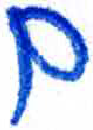
אות: ם